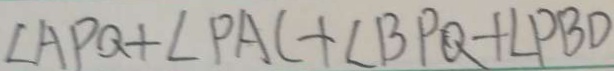
\angle A P Q + \angle P A C + \angle B P Q + \angle P B D